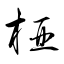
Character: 椏